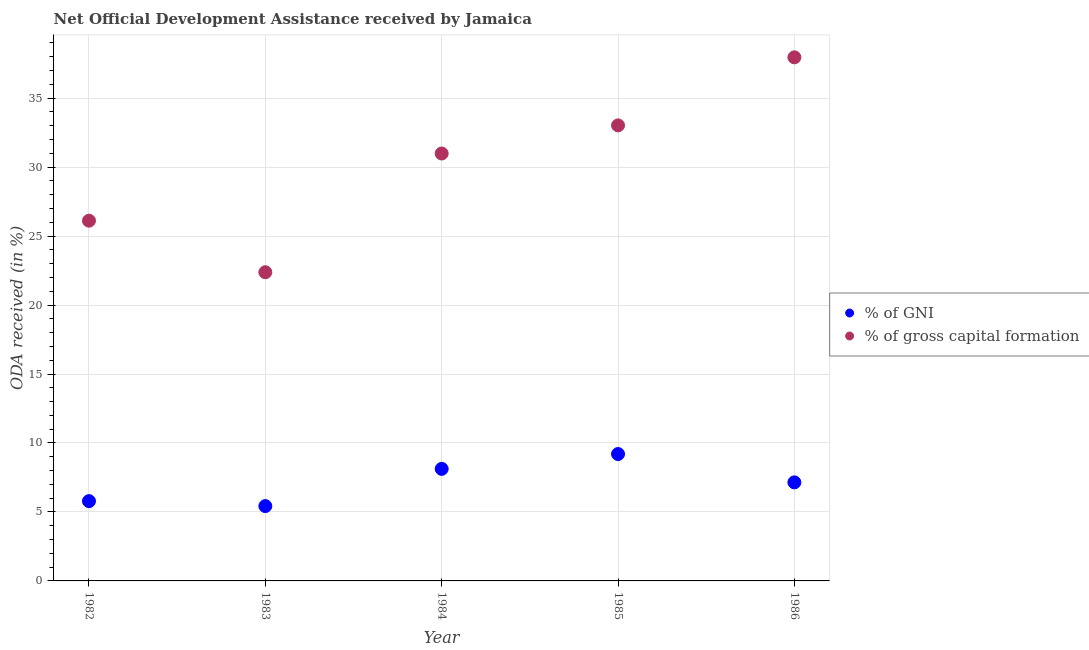
| Year | % of GNI | % of gross capital formation |
 | --- | --- | --- |
 | 1982 | 5.78 | 26.1 |
 | 1983 | 5.43 | 22.4 |
 | 1984 | 8.12 | 31 |
 | 1985 | 9.2 | 33 |
 | 1986 | 7.14 | 38 |